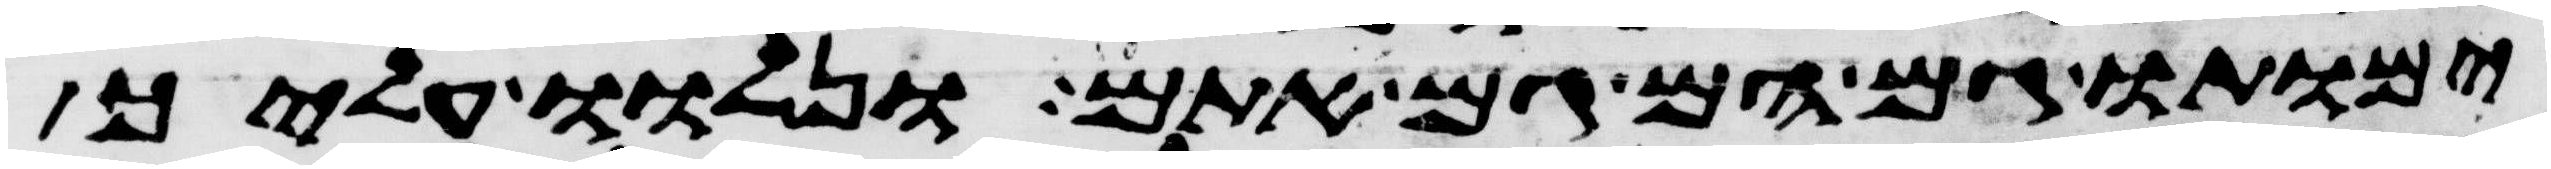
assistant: ימותו גם הם גם אתם ונלוו עליך